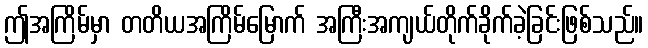
ဤအကြိမ်မှာ တတိယအကြိမ်မြောက် အကြီးအကျယ်တိုက်ခိုက်ခဲ့ခြင်းဖြစ်သည်။